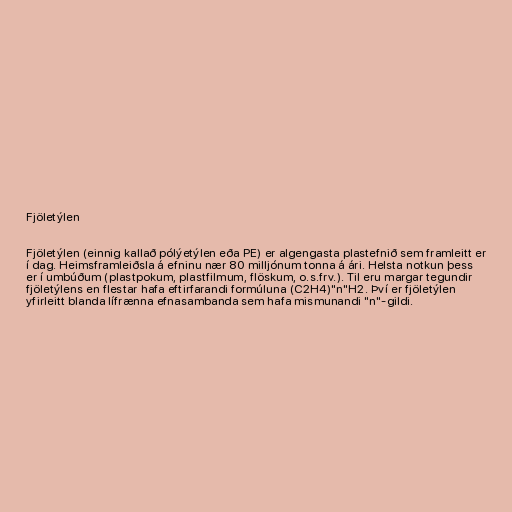
Fjöletýlen

Fjöletýlen (einnig kallað pólýetýlen eða PE) er algengasta plastefnið sem framleitt er
í dag. Heimsframleiðsla á efninu nær 80 milljónum tonna á ári. Helsta notkun þess
er í umbúðum (plastpokum, plastfilmum, flöskum, o.s.frv.). Til eru margar tegundir
fjöletýlens en flestar hafa eftirfarandi formúluna (C2H4)"n"H2. Því er fjöletýlen
yfirleitt blanda lífrænna efnasambanda sem hafa mismunandi "n"-gildi.